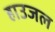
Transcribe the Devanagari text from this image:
हाउजल